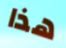
هذا